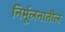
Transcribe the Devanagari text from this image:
निर्मूलनातील